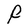
Character: F